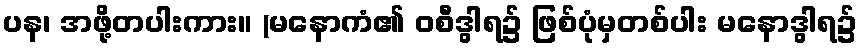
ပန၊ အဖို့တပါးကား။ (မနောကံ၏ ဝစီဒွါရ၌ ဖြစ်ပုံမှတစ်ပါး မနောဒွါရ၌